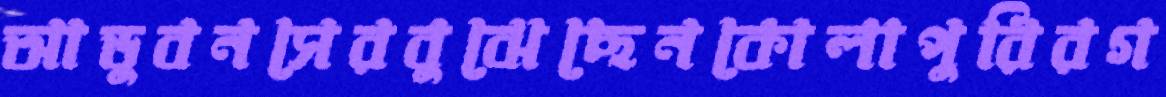
আডুবনসেরবুঝেছেনকোলাপুরিরগ